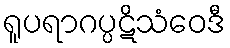
ရူပရာဂပ္ပဋိသံဝေဒီ